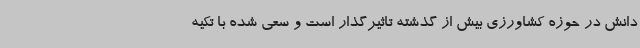
دانش در حوزه کشاورزی بیش از گذشته تاثیرگذار است و سعی شده با تکیه